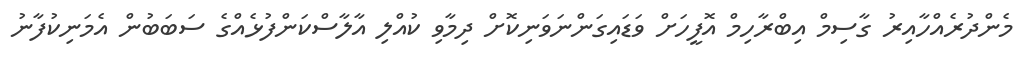
މެންދުރެއްހާއިރު ގާސިމް އިބްރާހިމް އޮފީހަށް ވަޑައިގަންނަވަނިކޮށް ދިމާވި ކުއްލި އާލާސްކަންފުޅެއްގެ ސަބަބުން އެމަނިކުފާނު